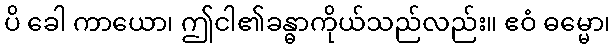
ပိ ခေါ ကာယော၊ ဤငါ၏ခန္ဓာကိုယ်သည်လည်း။ ဧဝံ ဓမ္မော၊